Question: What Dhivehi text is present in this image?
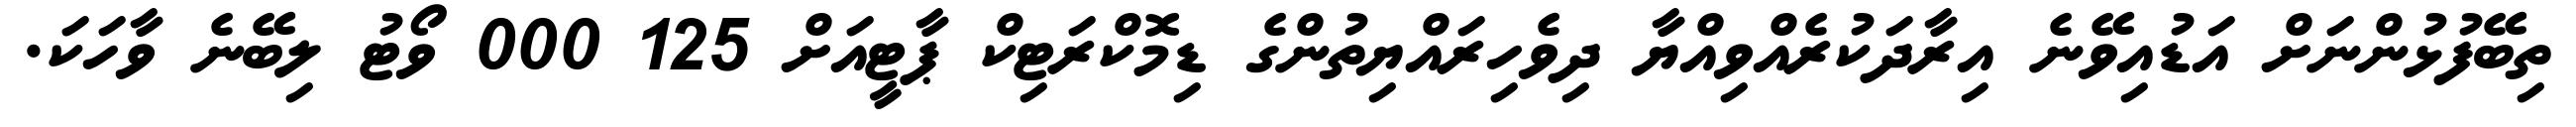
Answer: ތިބޭފުޅުންނަށް އަޑުއިވޭނެ އިރާދަކުރެއްވިއްޔާ ދިވެހިރައްޔިތުންގެ ޑިމޮކްރަޓިކް ޕާޓީއަށް 125 000 ވޯޓު ލިބޭނެ ވާހަކަ.